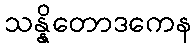
သန္နိတောဒကေန